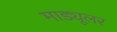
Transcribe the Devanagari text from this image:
माड्यूलर